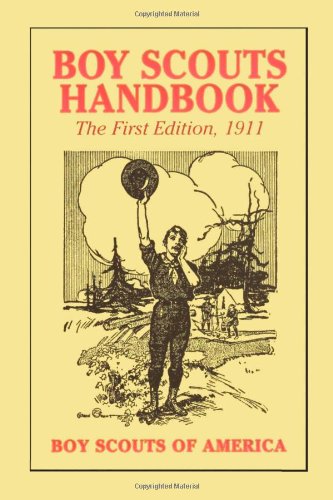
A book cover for Boy Scouts Handbook, 1st Edition, 1911; Boy Scouts of America; Test Preparation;